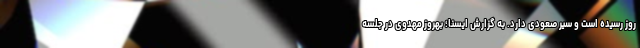
روز رسیده است و سیر صعودی دارد. به گزارش ایسنا؛ بهروز مهدوی در جلسه